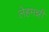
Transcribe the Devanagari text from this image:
लेहमन्नी